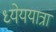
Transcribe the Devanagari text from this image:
ध्येययात्रा